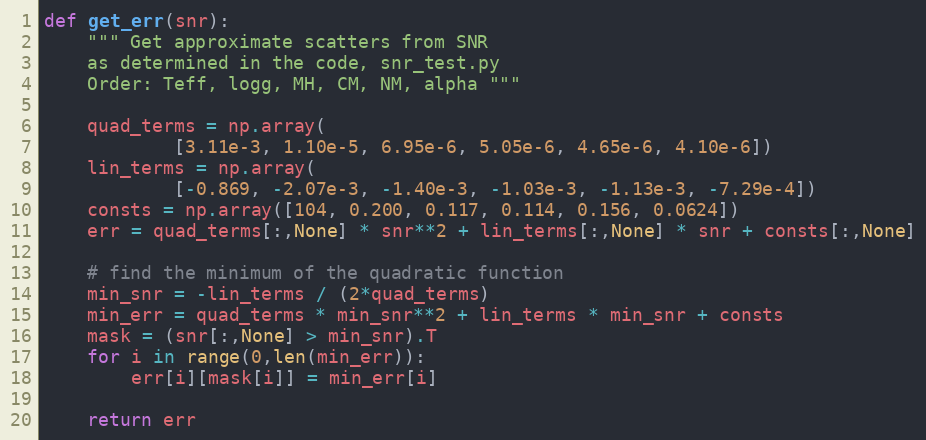
Language: Python
def get_err(snr):
    """ Get approximate scatters from SNR
    as determined in the code, snr_test.py
    Order: Teff, logg, MH, CM, NM, alpha """

    quad_terms = np.array(
            [3.11e-3, 1.10e-5, 6.95e-6, 5.05e-6, 4.65e-6, 4.10e-6])
    lin_terms = np.array(
            [-0.869, -2.07e-3, -1.40e-3, -1.03e-3, -1.13e-3, -7.29e-4])
    consts = np.array([104, 0.200, 0.117, 0.114, 0.156, 0.0624])
    err = quad_terms[:,None] * snr**2 + lin_terms[:,None] * snr + consts[:,None]

    # find the minimum of the quadratic function
    min_snr = -lin_terms / (2*quad_terms)
    min_err = quad_terms * min_snr**2 + lin_terms * min_snr + consts
    mask = (snr[:,None] > min_snr).T
    for i in range(0,len(min_err)):
        err[i][mask[i]] = min_err[i]

    return err